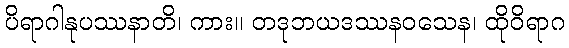
ပိရာဂါနုပဿနာတိ၊ ကား။ တဒုဘယဒဿနဝသေန၊ ထိုဝိရာဂ